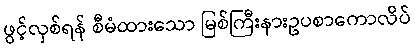
ဖွင့်လှစ်ရန် စီမံထားသော မြစ်ကြီးနားဥပစာကောလိပ်